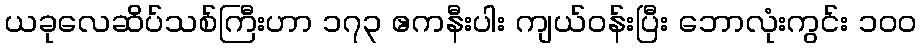
ယခုလေဆိပ်သစ်ကြီးဟာ ၁၇၃ ဧကနီးပါး ကျယ်ဝန်းပြီး ဘောလုံးကွင်း ၁၀၀